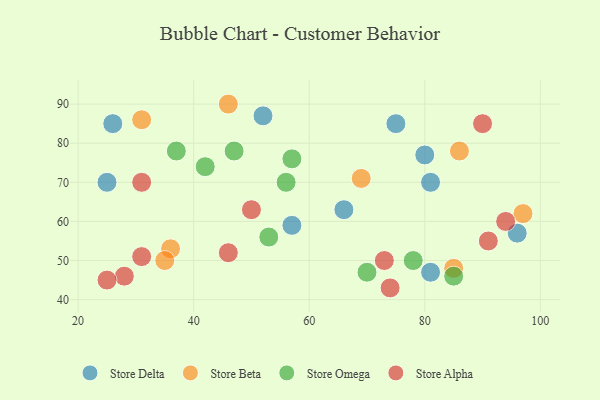
{"axis": {"x": "GDP", "y": "Life Expectancy"}, "legend": ["Store Alpha", "Store Beta", "Store Delta", "Store Omega"], "data": [{"x": "75", "y": 85, "type": "Store Delta"}, {"x": "26", "y": 85, "type": "Store Delta"}, {"x": "80", "y": 77, "type": "Store Delta"}, {"x": "96", "y": 57, "type": "Store Delta"}, {"x": "81", "y": 47, "type": "Store Delta"}, {"x": "81", "y": 70, "type": "Store Delta"}, {"x": "25", "y": 70, "type": "Store Delta"}, {"x": "52", "y": 87, "type": "Store Delta"}, {"x": "57", "y": 59, "type": "Store Delta"}, {"x": "66", "y": 63, "type": "Store Delta"}, {"x": "86", "y": 78, "type": "Store Beta"}, {"x": "31", "y": 86, "type": "Store Beta"}, {"x": "46", "y": 90, "type": "Store Beta"}, {"x": "36", "y": 53, "type": "Store Beta"}, {"x": "35", "y": 50, "type": "Store Beta"}, {"x": "69", "y": 71, "type": "Store Beta"}, {"x": "97", "y": 62, "type": "Store Beta"}, {"x": "85", "y": 48, "type": "Store Beta"}, {"x": "47", "y": 78, "type": "Store Omega"}, {"x": "42", "y": 74, "type": "Store Omega"}, {"x": "57", "y": 76, "type": "Store Omega"}, {"x": "56", "y": 70, "type": "Store Omega"}, {"x": "53", "y": 56, "type": "Store Omega"}, {"x": "37", "y": 78, "type": "Store Omega"}, {"x": "78", "y": 50, "type": "Store Omega"}, {"x": "85", "y": 46, "type": "Store Omega"}, {"x": "70", "y": 47, "type": "Store Omega"}, {"x": "91", "y": 55, "type": "Store Alpha"}, {"x": "94", "y": 60, "type": "Store Alpha"}, {"x": "74", "y": 43, "type": "Store Alpha"}, {"x": "31", "y": 70, "type": "Store Alpha"}, {"x": "73", "y": 50, "type": "Store Alpha"}, {"x": "90", "y": 85, "type": "Store Alpha"}, {"x": "28", "y": 46, "type": "Store Alpha"}, {"x": "25", "y": 45, "type": "Store Alpha"}, {"x": "46", "y": 52, "type": "Store Alpha"}, {"x": "50", "y": 63, "type": "Store Alpha"}, {"x": "31", "y": 51, "type": "Store Alpha"}]}